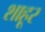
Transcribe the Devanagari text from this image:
शाहूर